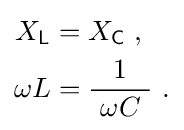
{\begin{aligned}X_{\mathsf {L}}&=X_{\mathsf {C}}\ ,\\\omega L&={\frac {1}{\ \omega C\ }}~.\end{aligned}}